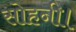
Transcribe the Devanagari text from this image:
सोहनी।